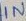
Text: IN